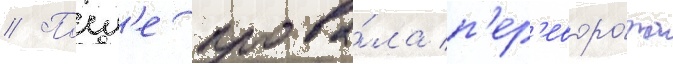
// Посл'е прова́ла п'ер'еворо́та